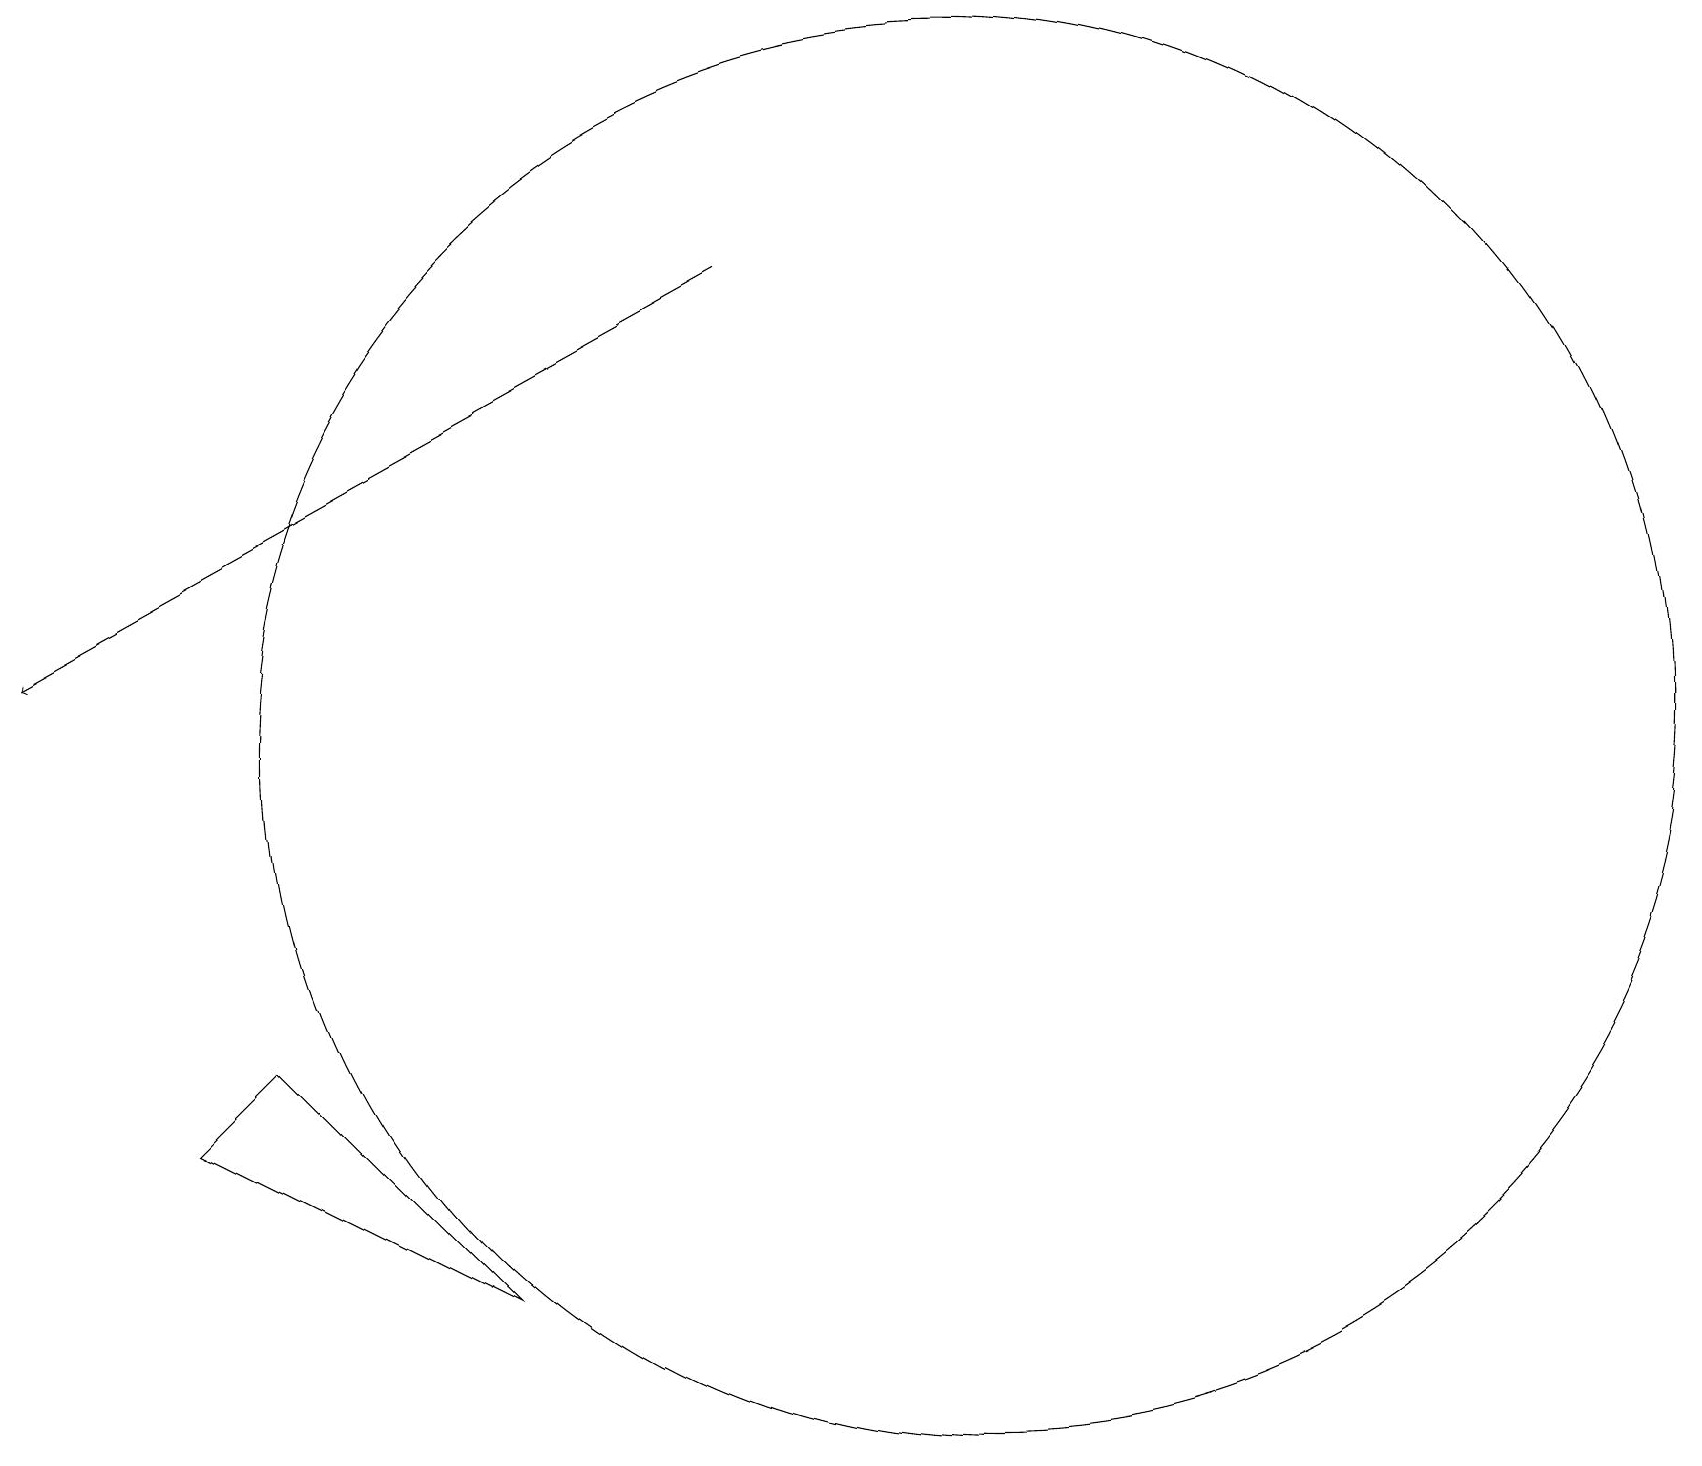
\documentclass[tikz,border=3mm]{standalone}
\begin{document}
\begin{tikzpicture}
\draw[->] (9,17) -- (0,12);
\draw (12,11) circle (9);
\draw (2,6) -- (6,4) -- (3,7) -- cycle;
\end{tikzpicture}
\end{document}